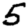
Digit: 5